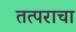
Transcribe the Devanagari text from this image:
तत्पराचा